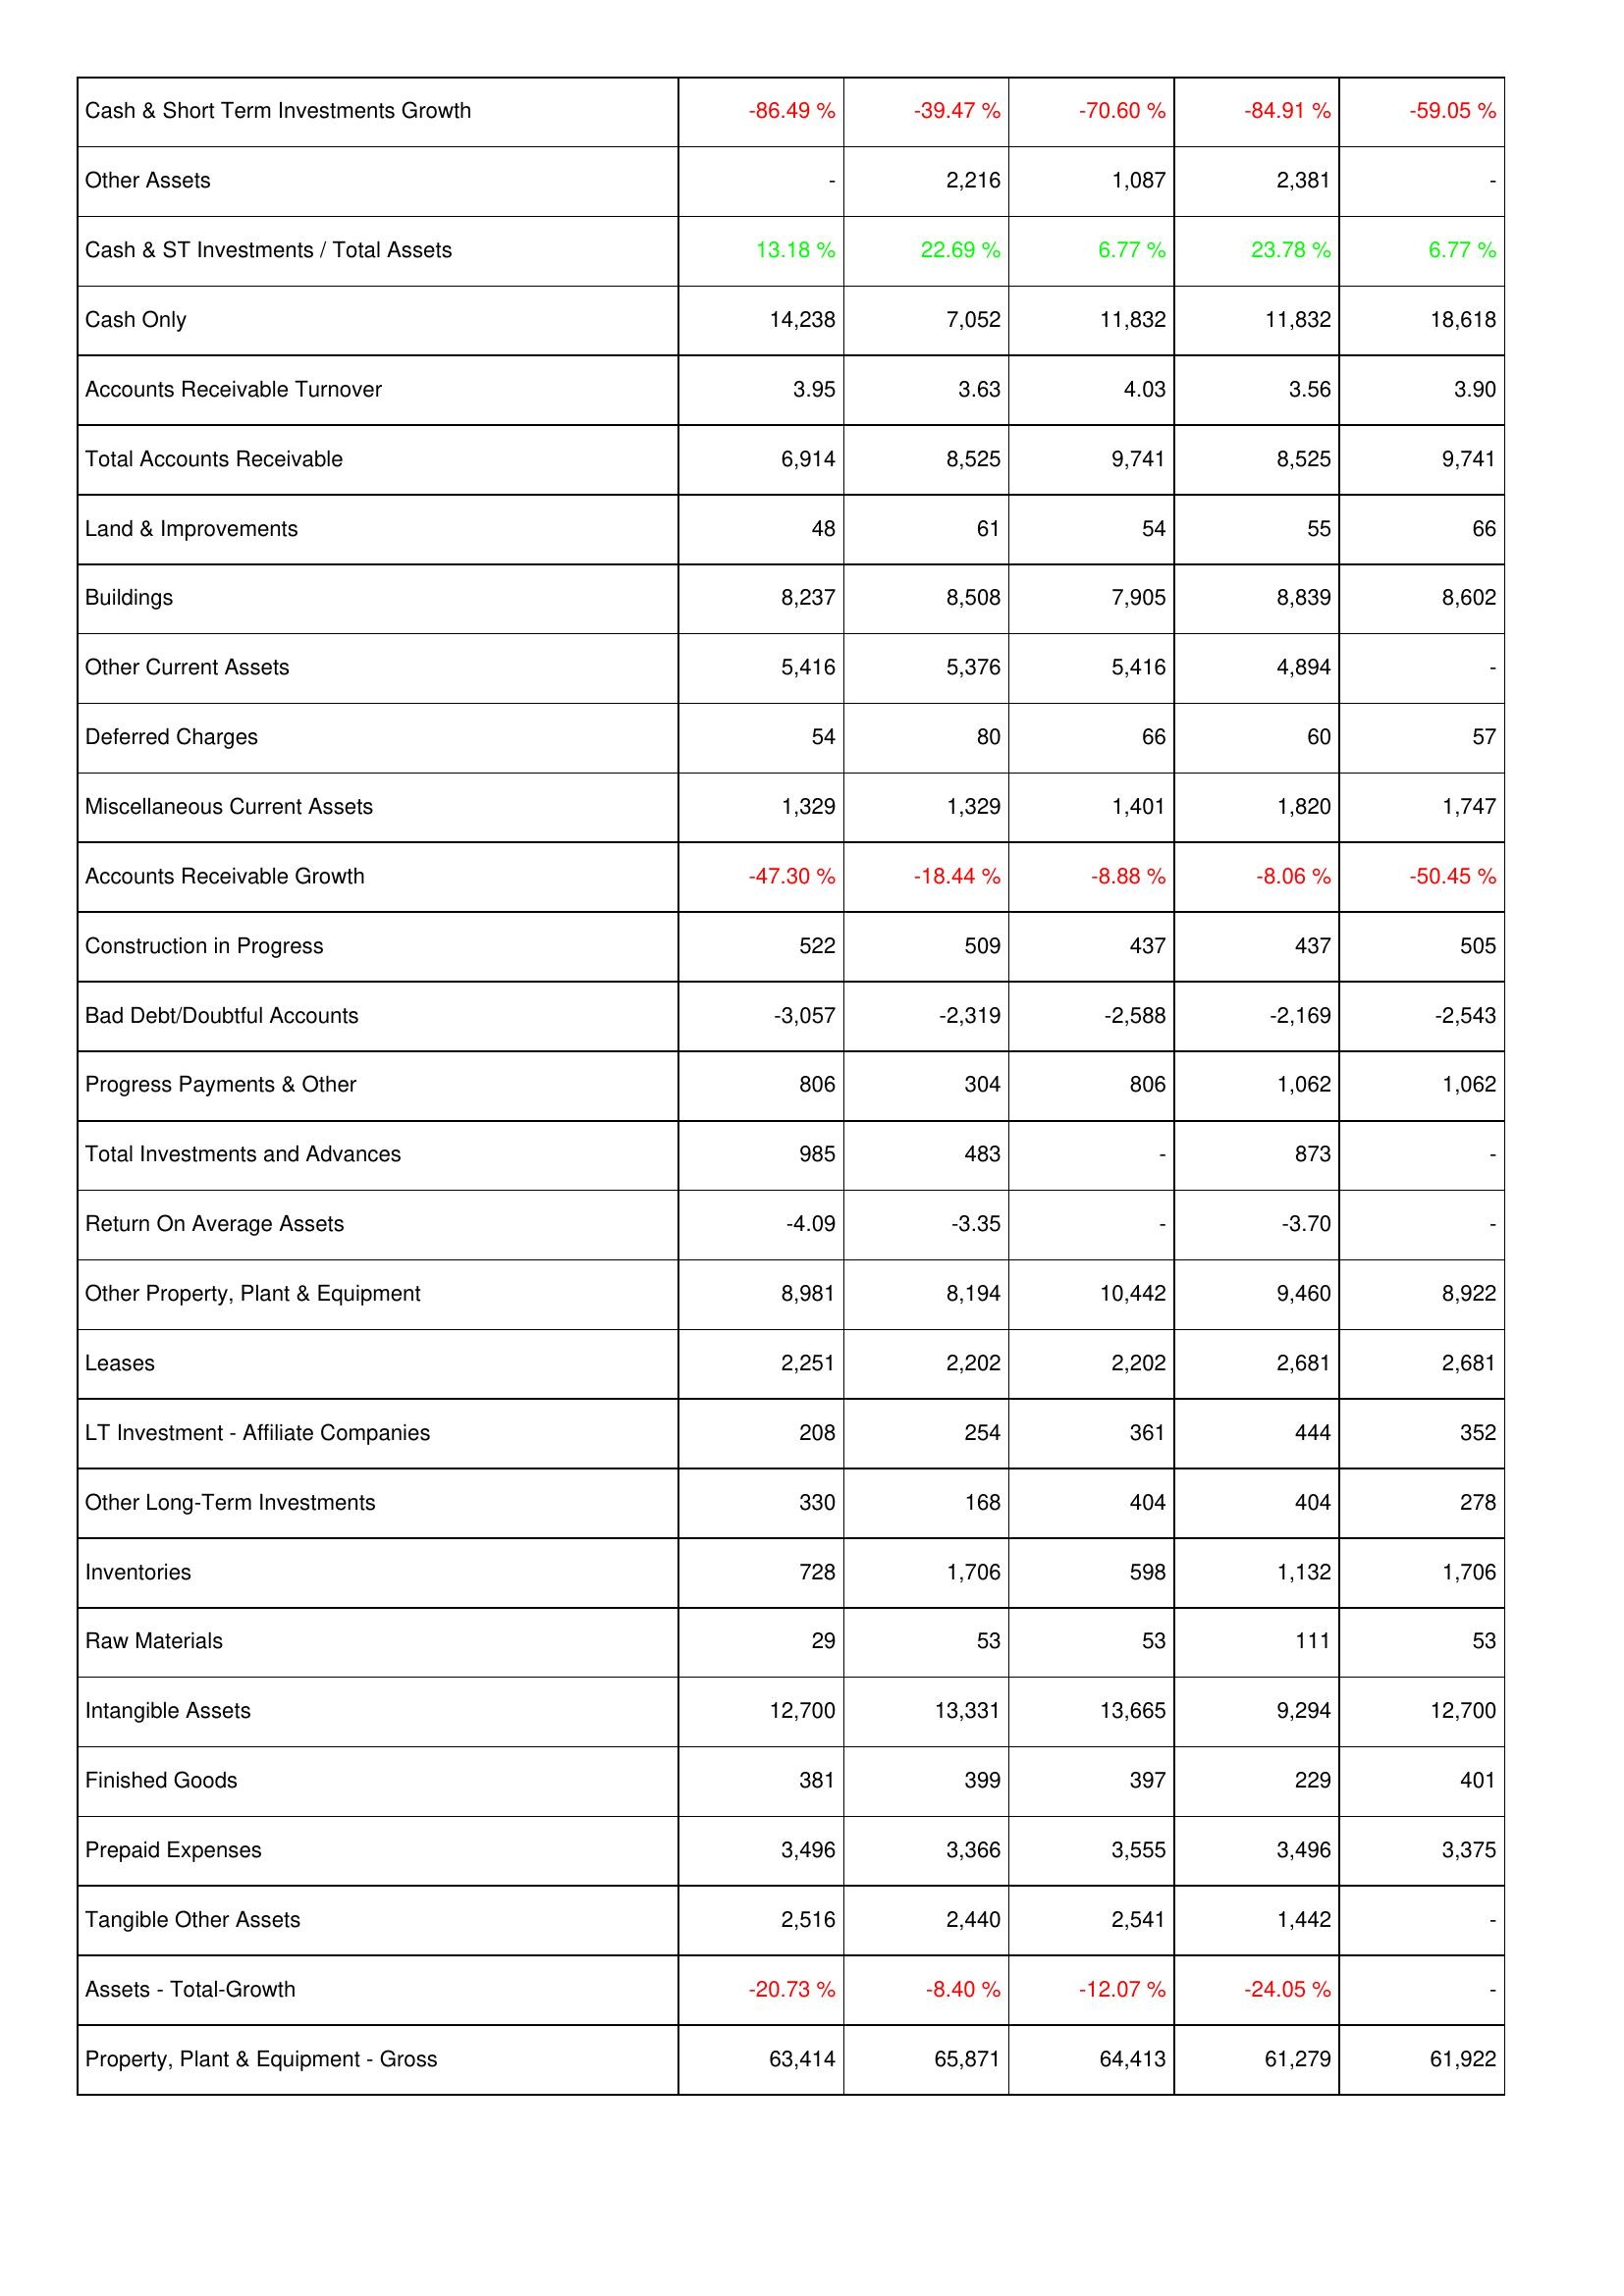
2016: Assets: Cash & Short Term Investments Growth: -86.49 %
Other Assets: -
Cash & ST Investments / Total Assets: 13.18 %
Cash Only: 14,238
Accounts Receivable Turnover: 3.95
Total Accounts Receivable: 6,914
Land & Improvements: 48
Buildings: 8,237
Other Current Assets: 5,416
Deferred Charges: 54
Miscellaneous Current Assets: 1,329
Accounts Receivable Growth: -47.30 %
Construction in Progress: 522
Bad Debt/Doubtful Accounts: -3,057
Progress Payments & Other: 806
Total Investments and Advances: 985
Return On Average Assets: -4.09
Other Property, Plant & Equipment: 8,981
Leases: 2,251
LT Investment - Affiliate Companies: 208
Other Long-Term Investments: 330
Inventories: 728
Raw Materials: 29
Intangible Assets: 12,700
Finished Goods: 381
Prepaid Expenses: 3,496
Tangible Other Assets: 2,516
Assets - Total-Growth: -20.73 %
Property, Plant & Equipment - Gross: 63,414
2015: Assets: Cash & Short Term Investments Growth: -39.47 %
Other Assets: 2,216
Cash & ST Investments / Total Assets: 22.69 %
Cash Only: 7,052
Accounts Receivable Turnover: 3.63
Total Accounts Receivable: 8,525
Land & Improvements: 61
Buildings: 8,508
Other Current Assets: 5,376
Deferred Charges: 80
Miscellaneous Current Assets: 1,329
Accounts Receivable Growth: -18.44 %
Construction in Progress: 509
Bad Debt/Doubtful Accounts: -2,319
Progress Payments & Other: 304
Total Investments and Advances: 483
Return On Average Assets: -3.35
Other Property, Plant & Equipment: 8,194
Leases: 2,202
LT Investment - Affiliate Companies: 254
Other Long-Term Investments: 168
Inventories: 1,706
Raw Materials: 53
Intangible Assets: 13,331
Finished Goods: 399
Prepaid Expenses: 3,366
Tangible Other Assets: 2,440
Assets - Total-Growth: -8.40 %
Property, Plant & Equipment - Gross: 65,871
2014: Assets: Cash & Short Term Investments Growth: -70.60 %
Other Assets: 1,087
Cash & ST Investments / Total Assets: 6.77 %
Cash Only: 11,832
Accounts Receivable Turnover: 4.03
Total Accounts Receivable: 9,741
Land & Improvements: 54
Buildings: 7,905
Other Current Assets: 5,416
Deferred Charges: 66
Miscellaneous Current Assets: 1,401
Accounts Receivable Growth: -8.88 %
Construction in Progress: 437
Bad Debt/Doubtful Accounts: -2,588
Progress Payments & Other: 806
Total Investments and Advances: -
Return On Average Assets: -
Other Property, Plant & Equipment: 10,442
Leases: 2,202
LT Investment - Affiliate Companies: 361
Other Long-Term Investments: 404
Inventories: 598
Raw Materials: 53
Intangible Assets: 13,665
Finished Goods: 397
Prepaid Expenses: 3,555
Tangible Other Assets: 2,541
Assets - Total-Growth: -12.07 %
Property, Plant & Equipment - Gross: 64,413
2013: Assets: Cash & Short Term Investments Growth: -84.91 %
Other Assets: 2,381
Cash & ST Investments / Total Assets: 23.78 %
Cash Only: 11,832
Accounts Receivable Turnover: 3.56
Total Accounts Receivable: 8,525
Land & Improvements: 55
Buildings: 8,839
Other Current Assets: 4,894
Deferred Charges: 60
Miscellaneous Current Assets: 1,820
Accounts Receivable Growth: -8.06 %
Construction in Progress: 437
Bad Debt/Doubtful Accounts: -2,169
Progress Payments & Other: 1,062
Total Investments and Advances: 873
Return On Average Assets: -3.70
Other Property, Plant & Equipment: 9,460
Leases: 2,681
LT Investment - Affiliate Companies: 444
Other Long-Term Investments: 404
Inventories: 1,132
Raw Materials: 111
Intangible Assets: 9,294
Finished Goods: 229
Prepaid Expenses: 3,496
Tangible Other Assets: 1,442
Assets - Total-Growth: -24.05 %
Property, Plant & Equipment - Gross: 61,279
2012: Assets: Cash & Short Term Investments Growth: -59.05 %
Other Assets: -
Cash & ST Investments / Total Assets: 6.77 %
Cash Only: 18,618
Accounts Receivable Turnover: 3.90
Total Accounts Receivable: 9,741
Land & Improvements: 66
Buildings: 8,602
Other Current Assets: -
Deferred Charges: 57
Miscellaneous Current Assets: 1,747
Accounts Receivable Growth: -50.45 %
Construction in Progress: 505
Bad Debt/Doubtful Accounts: -2,543
Progress Payments & Other: 1,062
Total Investments and Advances: -
Return On Average Assets: -
Other Property, Plant & Equipment: 8,922
Leases: 2,681
LT Investment - Affiliate Companies: 352
Other Long-Term Investments: 278
Inventories: 1,706
Raw Materials: 53
Intangible Assets: 12,700
Finished Goods: 401
Prepaid Expenses: 3,375
Tangible Other Assets: -
Assets - Total-Growth: -
Property, Plant & Equipment - Gross: 61,922